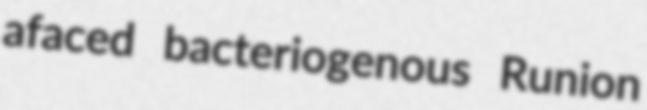
afaced bacteriogenous Runion